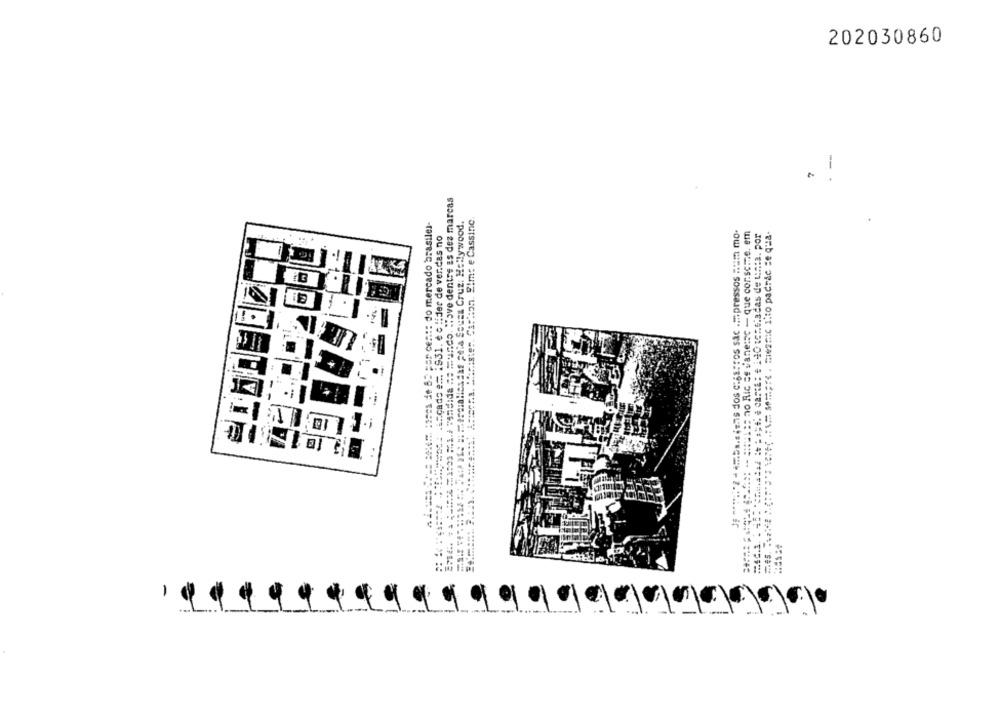
202030860
7
-
**** * ces de 83 per cent do mercado brasilel-
"ristes. Carbon. Elme e Cassinc
:.. ... . .. . der de ver.das no
-